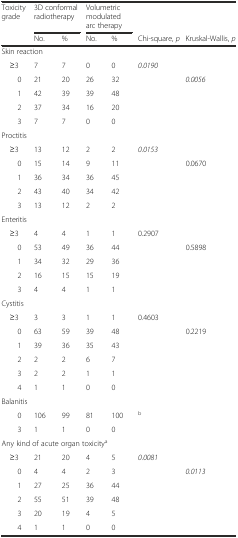
<table><thead><tr><td rowspan="2"><b>Toxicity grade</b></td><td colspan="2"><b>3D conformal radiotherapy</b></td><td colspan="2"><b>Volumetric modulated arc therapy</b></td><td></td><td></td></tr><tr><td><b>No.</b></td><td><b>%</b></td><td><b>No.</b></td><td><b>%</b></td><td><b>Chi-square, <i>p</i></b></td><td><b>Kruskal-Wallis, <i>p</i></b></td></tr></thead><tbody><tr><td colspan="7">Skin reaction</td></tr><tr><td> ≥3</td><td>7</td><td>7</td><td>0</td><td>0</td><td><i>0.0190</i></td><td></td></tr><tr><td>0</td><td>21</td><td>20</td><td>26</td><td>32</td><td rowspan="4"></td><td rowspan="4"><i>0.0056</i></td></tr><tr><td>1</td><td>42</td><td>39</td><td>39</td><td>48</td></tr><tr><td>2</td><td>37</td><td>34</td><td>16</td><td>20</td></tr><tr><td>3</td><td>7</td><td>7</td><td>0</td><td>0</td></tr><tr><td colspan="7">Proctitis</td></tr><tr><td> ≥3</td><td>13</td><td>12</td><td>2</td><td>2</td><td><i>0.0153</i></td><td></td></tr><tr><td>0</td><td>15</td><td>14</td><td>9</td><td>11</td><td rowspan="4"></td><td rowspan="4">0.0670</td></tr><tr><td>1</td><td>36</td><td>34</td><td>36</td><td>45</td></tr><tr><td>2</td><td>43</td><td>40</td><td>34</td><td>42</td></tr><tr><td>3</td><td>13</td><td>12</td><td>2</td><td>2</td></tr><tr><td colspan="7">Enteritis</td></tr><tr><td> ≥3</td><td>4</td><td>4</td><td>1</td><td>1</td><td>0.2907</td><td></td></tr><tr><td>0</td><td>53</td><td>49</td><td>36</td><td>44</td><td rowspan="4"></td><td rowspan="4">0.5898</td></tr><tr><td>1</td><td>34</td><td>32</td><td>29</td><td>36</td></tr><tr><td>2</td><td>16</td><td>15</td><td>15</td><td>19</td></tr><tr><td>3</td><td>4</td><td>4</td><td>1</td><td>1</td></tr><tr><td colspan="7">Cystitis</td></tr><tr><td> ≥3</td><td>3</td><td>3</td><td>1</td><td>1</td><td>0.4603</td><td></td></tr><tr><td>0</td><td>63</td><td>59</td><td>39</td><td>48</td><td></td><td rowspan="5">0.2219</td></tr><tr><td>1</td><td>39</td><td>36</td><td>35</td><td>43</td><td></td></tr><tr><td>2</td><td>2</td><td>2</td><td>6</td><td>7</td><td></td></tr><tr><td>3</td><td>2</td><td>2</td><td>1</td><td>1</td><td></td></tr><tr><td>4</td><td>1</td><td>1</td><td>0</td><td>0</td><td></td></tr><tr><td colspan="7">Balanitis</td></tr><tr><td>0</td><td>106</td><td>99</td><td>81</td><td>100</td><td><sup>b</sup></td><td></td></tr><tr><td>3</td><td>1</td><td>1</td><td>0</td><td>0</td><td></td><td></td></tr><tr><td colspan="7">Any kind of acute organ toxicity<sup>a</sup></td></tr><tr><td> ≥3</td><td>21</td><td>20</td><td>4</td><td>5</td><td><i>0.0081</i></td><td></td></tr><tr><td>0</td><td>4</td><td>4</td><td>2</td><td>3</td><td></td><td rowspan="5"><i>0.0113</i></td></tr><tr><td>1</td><td>27</td><td>25</td><td>36</td><td>44</td><td></td></tr><tr><td>2</td><td>55</td><td>51</td><td>39</td><td>48</td><td></td></tr><tr><td>3</td><td>20</td><td>19</td><td>4</td><td>5</td><td></td></tr><tr><td>4</td><td>1</td><td>1</td><td>0</td><td>0</td><td></td></tr></tbody></table>